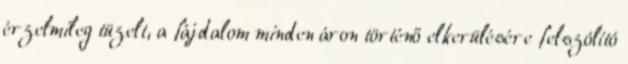
érzelmileg tüzelt, a fájdalom minden áron történő elkerülésére felszólító